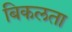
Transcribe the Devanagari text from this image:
बिकलता